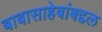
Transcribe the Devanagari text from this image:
बाबासाहेबांबद्दल